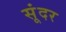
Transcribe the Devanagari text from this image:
सूंदर